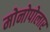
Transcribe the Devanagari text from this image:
मोनोपोलार